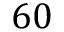
6 0